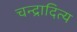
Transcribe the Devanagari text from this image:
चन्द्रादित्य